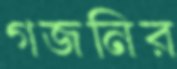
গজনির